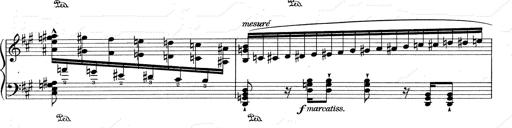
Title: RÃ©miniscences de Don Juan
Composer: Franz Liszt